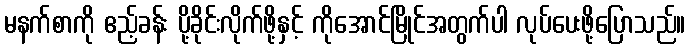
မနက်စာကို ဧည့်ခန်း ပို့ခိုင်းလိုက်ဖို့နှင့် ကိုအောင်မြိုင်အတွက်ပါ လုပ်ပေးဖို့ပြောသည်။